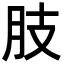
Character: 肢